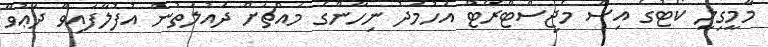
މާމީގިލީ ކޯޓުގެ އިސް މެޖިސްޓްރޭޓް އަހުމަދު ނިހާންގެ މައްޗަށް ދައުލަތުން އުފުލާފައިވާ ދަޢުވާ